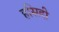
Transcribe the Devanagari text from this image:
हसिदी